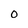
Character: O